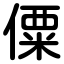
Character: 僳